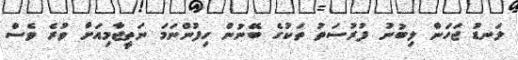
ލަނޑު ޖަހަން ލިބުނު ފުރުސަތު ތަކުގެ ބޭނުން ހިފުންނަމަ ނަތީޖާމިއަށް ވުރެ ވެސް